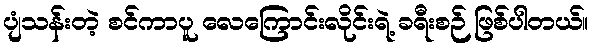
ပျံသန်းတဲ့ စင်ကာပူ လေကြောင်းလိုင်းရဲ့ ခရီးစဉ် ဖြစ်ပါတယ်။